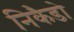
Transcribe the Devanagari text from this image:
निकैडो